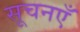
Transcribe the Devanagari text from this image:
सूचनएँ